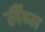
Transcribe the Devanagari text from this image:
र्लैब्स